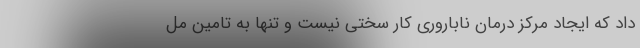
داد که ایجاد مرکز درمان ناباروری کار سختی نیست و تنها به تامین مل